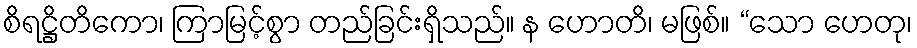
စိရဋ္ဌိတိကော၊ ကြာမြင့်စွာ တည်ခြင်းရှိသည်။ န ဟောတိ၊ မဖြစ်။ “သော ဟေတု၊